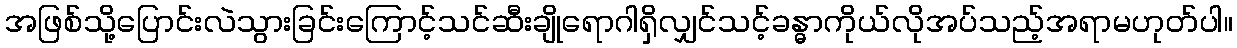
အဖြစ်သို့ပြောင်းလဲသွားခြင်းကြောင့်သင်ဆီးချိုရောဂါရှိလျှင်သင့်ခန္ဓာကိုယ်လိုအပ်သည့်အရာမဟုတ်ပါ။